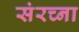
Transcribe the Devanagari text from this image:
संरच्ना